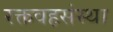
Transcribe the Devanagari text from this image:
रक्तवहसंस्था